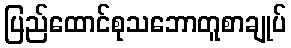
ပြည်ထောင်စုသဘောတူစာချုပ်